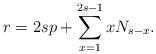
LaTeX: \begin{align*}r=2sp+\sum_{x=1}^{2s-1}xN_{s-x}. \end{align*}